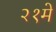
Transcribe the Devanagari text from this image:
२१मे